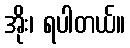
အိုး၊ ရပါတယ်။